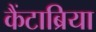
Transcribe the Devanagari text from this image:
कैंटाब्रिया